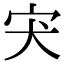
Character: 宊